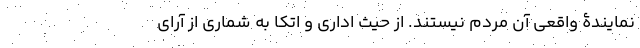
نمایندۀ واقعی آن مردم نیستند. از حیث اداری و اتکا به شماری از آرای